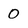
Character: 0